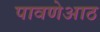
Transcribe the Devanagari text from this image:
पावणेआठ